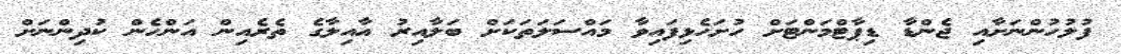
ފުލުހުންނަށާއި ޖެންޑާ ޑިޕާޓްމަންޓަށް ހުށަހެޅިފައިވާ މައްސަލަތަކަށް ބަލާއިރު އާއިލާގެ ތެރެއިން އަންހެން ކުދިންނަށް